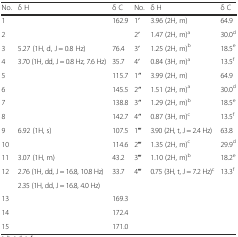
<table><thead><tr><td><b>No.</b></td><td><b>δ H</b></td><td><b>δ C</b></td><td><b>No.</b></td><td><b>δ H</b></td><td><b>δ C</b></td></tr></thead><tbody><tr><td>1</td><td>[EMPTY_CELL]</td><td>162.9</td><td>1′</td><td>3.96 (2H, m)</td><td>64.9</td></tr><tr><td>2</td><td>[EMPTY_CELL]</td><td>[EMPTY_CELL]</td><td>2′</td><td>1.47 (2H, m)<sup>a</sup></td><td>30.0<sup>d</sup></td></tr><tr><td>3</td><td>5.27 (1H, d, J = 0.8 Hz)</td><td>76.4</td><td>3′</td><td>1.25 (2H, m)<sup>b</sup></td><td>18.5<sup>e</sup></td></tr><tr><td>4</td><td>3.70 (1H, dd, J = 0.8 Hz, 7.6 Hz)</td><td>35.7</td><td>4′</td><td>0.84 (3H, m)<sup>a</sup></td><td>13.5<sup>f</sup></td></tr><tr><td>5</td><td>[EMPTY_CELL]</td><td>115.7</td><td>1′′</td><td>3.99 (2H, m)</td><td>64.9</td></tr><tr><td>6</td><td>[EMPTY_CELL]</td><td>145.5</td><td>2′′</td><td>1.51 (2H, m)<sup>a</sup></td><td>30.0<sup>d</sup></td></tr><tr><td>7</td><td>[EMPTY_CELL]</td><td>138.8</td><td>3′′</td><td>1.29 (2H, m)<sup>b</sup></td><td>18.5<sup>e</sup></td></tr><tr><td>8</td><td>[EMPTY_CELL]</td><td>142.7</td><td>4′′</td><td>0.87 (3H, m)<sup>c</sup></td><td>13.5<sup>f</sup></td></tr><tr><td>9</td><td>6.92 (1H, s)</td><td>107.5</td><td>1′′′</td><td>3.90 (2H, t, J = 2.4 Hz)</td><td>63.8</td></tr><tr><td>10</td><td>[EMPTY_CELL]</td><td>114.6</td><td>2′′′</td><td>1.35 (2H, m)<sup>c</sup></td><td>29.9<sup>d</sup></td></tr><tr><td>11</td><td>3.07 (1H, m)</td><td>43.2</td><td>3′′′</td><td>1.10 (2H, m)<sup>b</sup></td><td>18.2<sup>e</sup></td></tr><tr><td rowspan="2">12</td><td>2.76 (1H, dd, J = 16.8, 10.8 Hz)</td><td rowspan="2">33.7</td><td rowspan="2">4′′′</td><td rowspan="2">0.75 (3H, t, J = 7.2 Hz)<sup>c</sup></td><td rowspan="2">13.3<sup>f</sup></td></tr><tr><td>2.35 (1H, dd, J = 16.8, 4.0 Hz)</td></tr><tr><td>13</td><td>[EMPTY_CELL]</td><td>169.3</td><td>[EMPTY_CELL]</td><td>[EMPTY_CELL]</td><td>[EMPTY_CELL]</td></tr><tr><td>14</td><td>[EMPTY_CELL]</td><td>172.4</td><td>[EMPTY_CELL]</td><td>[EMPTY_CELL]</td><td>[EMPTY_CELL]</td></tr><tr><td>15</td><td>[EMPTY_CELL]</td><td>171.0</td><td>[EMPTY_CELL]</td><td>[EMPTY_CELL]</td><td>[EMPTY_CELL]</td></tr></tbody></table>